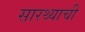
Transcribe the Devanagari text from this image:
सारथ्याची